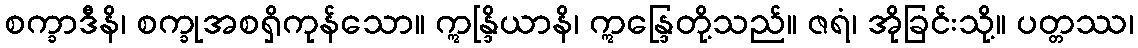
စက္ခာဒီနိ၊ စက္ခုအစရှိကုန်သော။ ဣန္ဒြိယာနိ၊ ဣန္ဒြေတို့သည်။ ဇရံ၊ အိုခြင်းသို့။ ပတ္တဿ၊